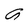
Character: G